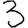
Digit: 3